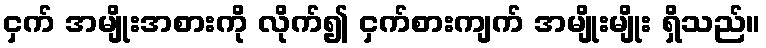
ငှက် အမျိုးအစားကို လိုက်၍ ငှက်စားကျက် အမျိုးမျိုး ရှိသည်။